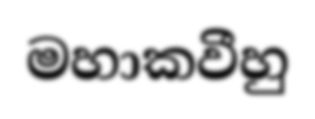
මහාකවීහු